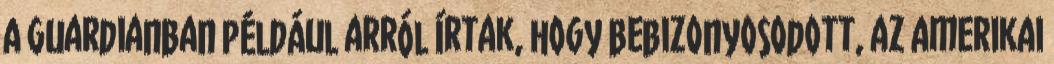
A Guardianban például arról írtak, hogy bebizonyosodott, az amerikai